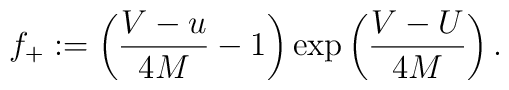
f_+ := \left(\frac{V-u}{4M}-1\right)\exp\left(\frac{V-U}{4M}\right).